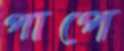
পাপে